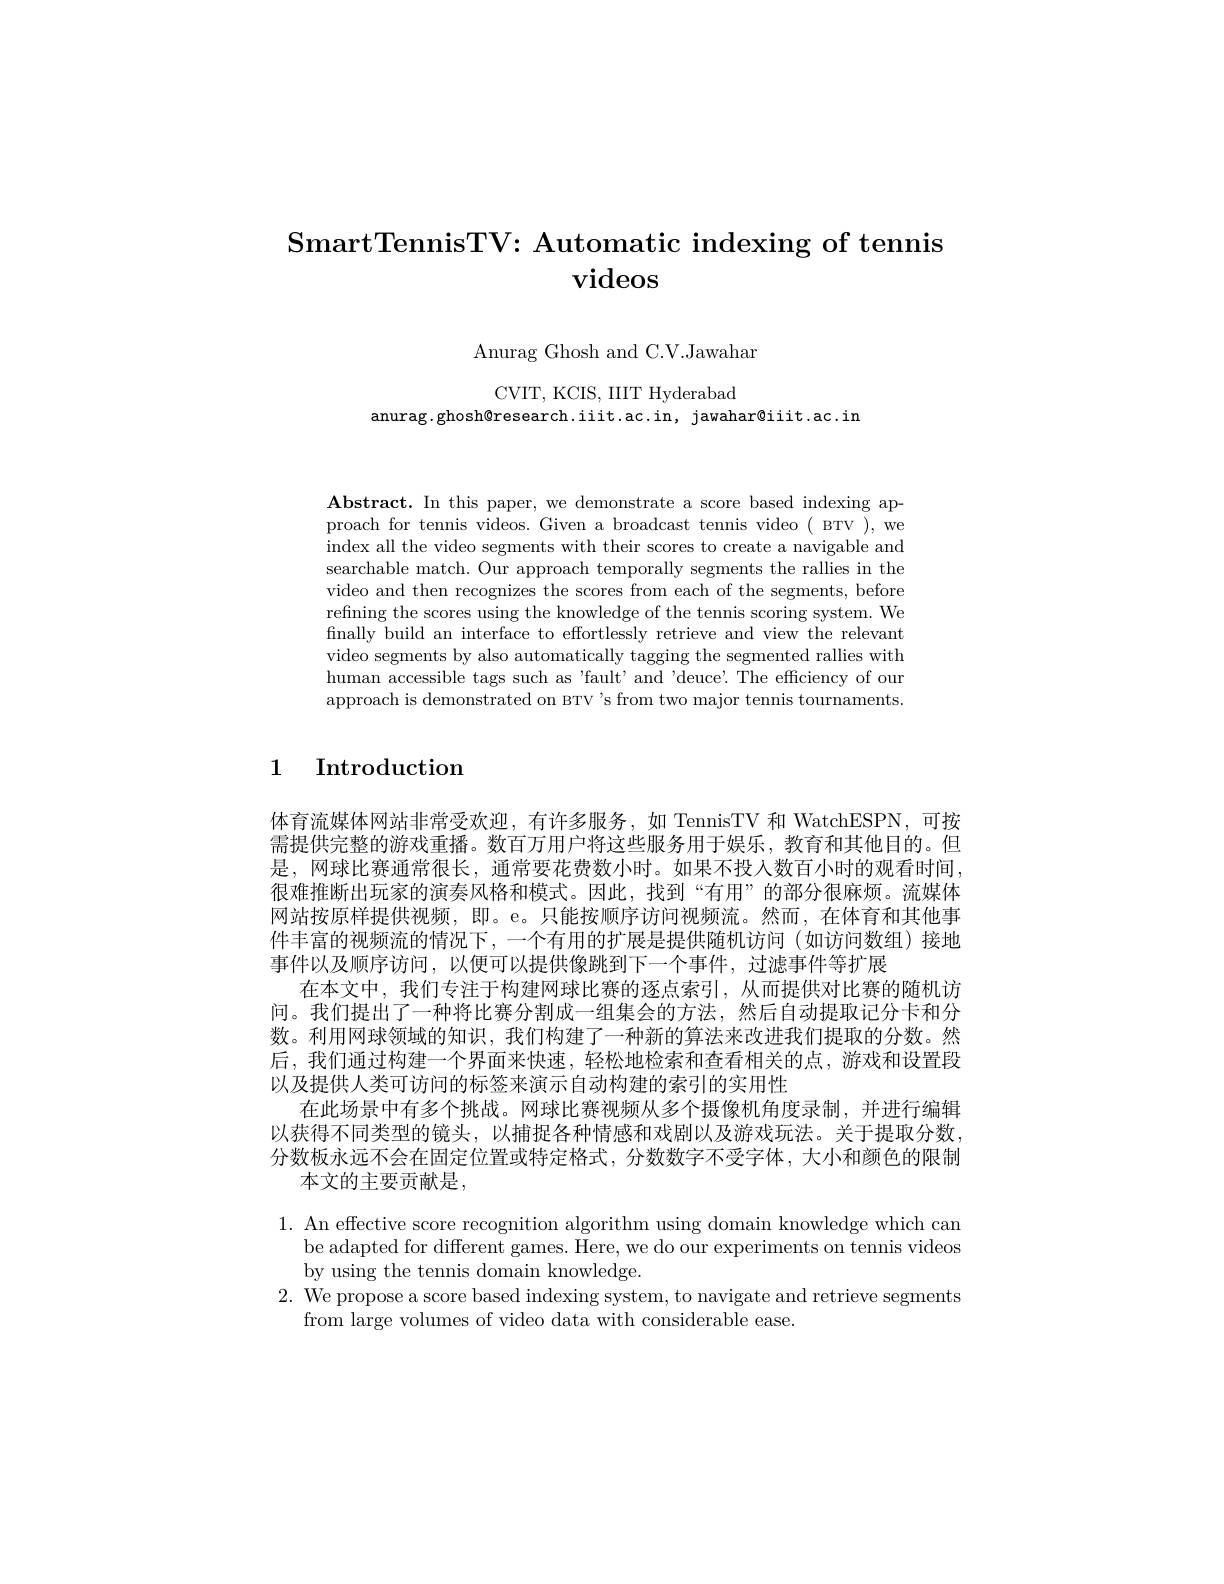
# SmartTennisTV: Automatic indexing of tennis videos

Anurag Ghosh and C.V.Jawahar

CVIT, KCIS, IIIT Hyderabad

anurag.ghosh@research.iit.ac.in, jawahar®iit.ac.in

$\mathbf{Abstract.~In~this~paper,~we~demonstrate~a~score~based~indexing~ap-}$ proach for tennis videos. Given a broadcast tennis video ( BTV ), we index all the video segments with their scores to create a navigable and searchable match. Our approach temporally segments the rallies in the video and then recognizes the scores from each of the segments, before refining the scores using the knowledge of the tennis scoring system. We finally build an interface to effortlessly retrieve and view the relevant video segments by also automatically tagging the segmented rallies with human accessible tags such as 'fault' and 'deuce'. The efficiency of our approach is demonstrated on BTV's from two major tennis tournaments.

1 Introduction

体育流媒体网站非常受欢迎，有许多服务，如 TennisTV 和 WatchESPN,可按需提供完整的游戏重播。数百万用户将这些服务用于娱乐，教育和其他目的。但是，网球比赛通常很长，通常要花费数小时。如果不投人数百小时的观看时间， 很难推断出玩家的演奏风格和模式。因此，找到“有用”的部分很麻烦。流媒体网站按原样提供视频，即。e。只能按顺序访问视频流。然而，在体育和其他事件丰富的视频流的情况下，一个有用的扩展是提供随机访问(如访问数组)接地事件以及顺序访问，以便可以提供像跳到下一个事件，过滤事件等扩展
在本文中，我们专注于构建网球比赛的逐点索引，从而提供对比赛的随机访问。我们提出了一种将比赛分割成一组集会的方法，然后自动提取记分卡和分数。利用网球领域的知识，我们构建了一种新的算法来改进我们提取的分数。然后，我们通过构建一个界面来快速，轻松地检索和查看相关的点，游戏和设置段以及提供人类可访问的标签来演示自动构建的索引的实用性
在此场景中有多个挑战。网球比赛视频从多个摄像机角度录制，并进行编辑以获得不同类型的镜头，以捕捉各种情感和戏剧以及游戏玩法。关于提取分数分数板永远不会在固定位置或特定格式，分数数字不受字体，大小和颜色的限制
本文的主要贡献是，

1. An effective score recognition algorithm using domain knowledge which can
be adapted for different games. Here, we do our experiments on tennis videos
by using the tennis domain knowledge.
2. We propose a score based indexing system, to navigate and retrieve segments
from large volumes of video data with considerable ease